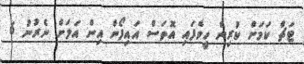
ޓަޗް ކަމަށް ކުރިން ހީވެފައި އޮތަސް އައިފޯން އިން އަލަށް ނެރުނު 6